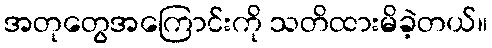
အတုတွေအကြောင်းကို သတိထားမိခဲ့တယ်။